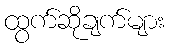
ထွက်ဆိုချက်များ